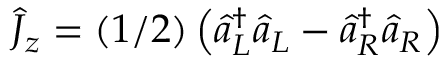
\hat { J } _ { z } = ( 1 / 2 ) \left( \hat { a } _ { L } ^ { \dagger } \hat { a } _ { L } - \hat { a } _ { R } ^ { \dagger } \hat { a } _ { R } \right)